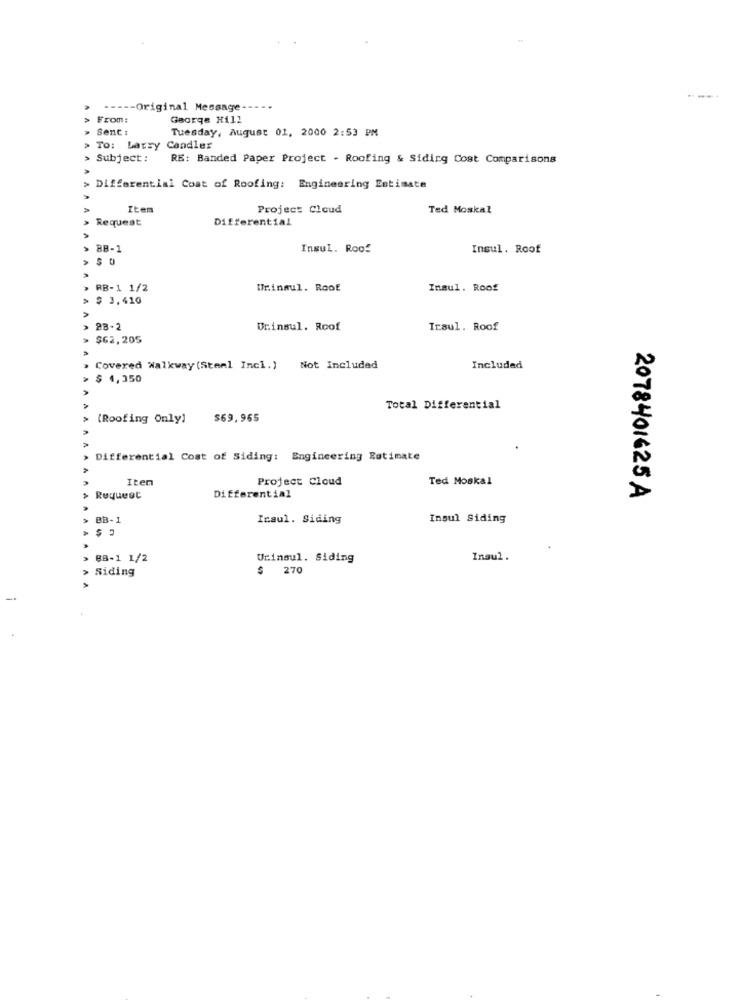
---.
----- Original Message-
>From:
George Hill
Sent :
Tuesday, August 01, 2000 2:53 PM
TO: Larry Candler
Subject:
RE: Banded Paper Project - Roofing & Siding Cost Comparisons
Differential Cost of Roofing: Engineering Estimate
Item
Project Cloud
Ted Moskal
Request
Differential
AA
BB-1
Insul. Roof
Insul. Roof
$ 0
RB-1 1/2
Mr.inmul. Roof
Insul. Roof
$ 3.410
Dr.insul. Roof
Iraul. Roof
$62,205
Covered Walkway (Steel Incl.)
Not Included
Included
$ 4,350
Total Differential
(Roofing Only]
$69,965
Differential Cost of Siding: Engineering Estimate
Iten
Project Cloud
Ted Moskal
2078401625 A
Request
Differential
BB-1
Insul. Siding
Insul Siding
BB-1 1/2
Urinaul. Siding
Insul.
Siding
$ 270
-